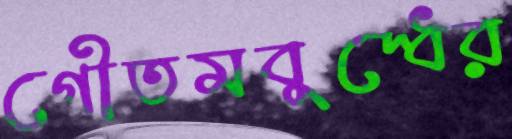
গৌতমবুদ্ধের